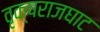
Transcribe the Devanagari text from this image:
वृक्षराजघाट